65_HS1-834228961_62-HQ-83894_SUB_A
Agency: FBI
Page 66
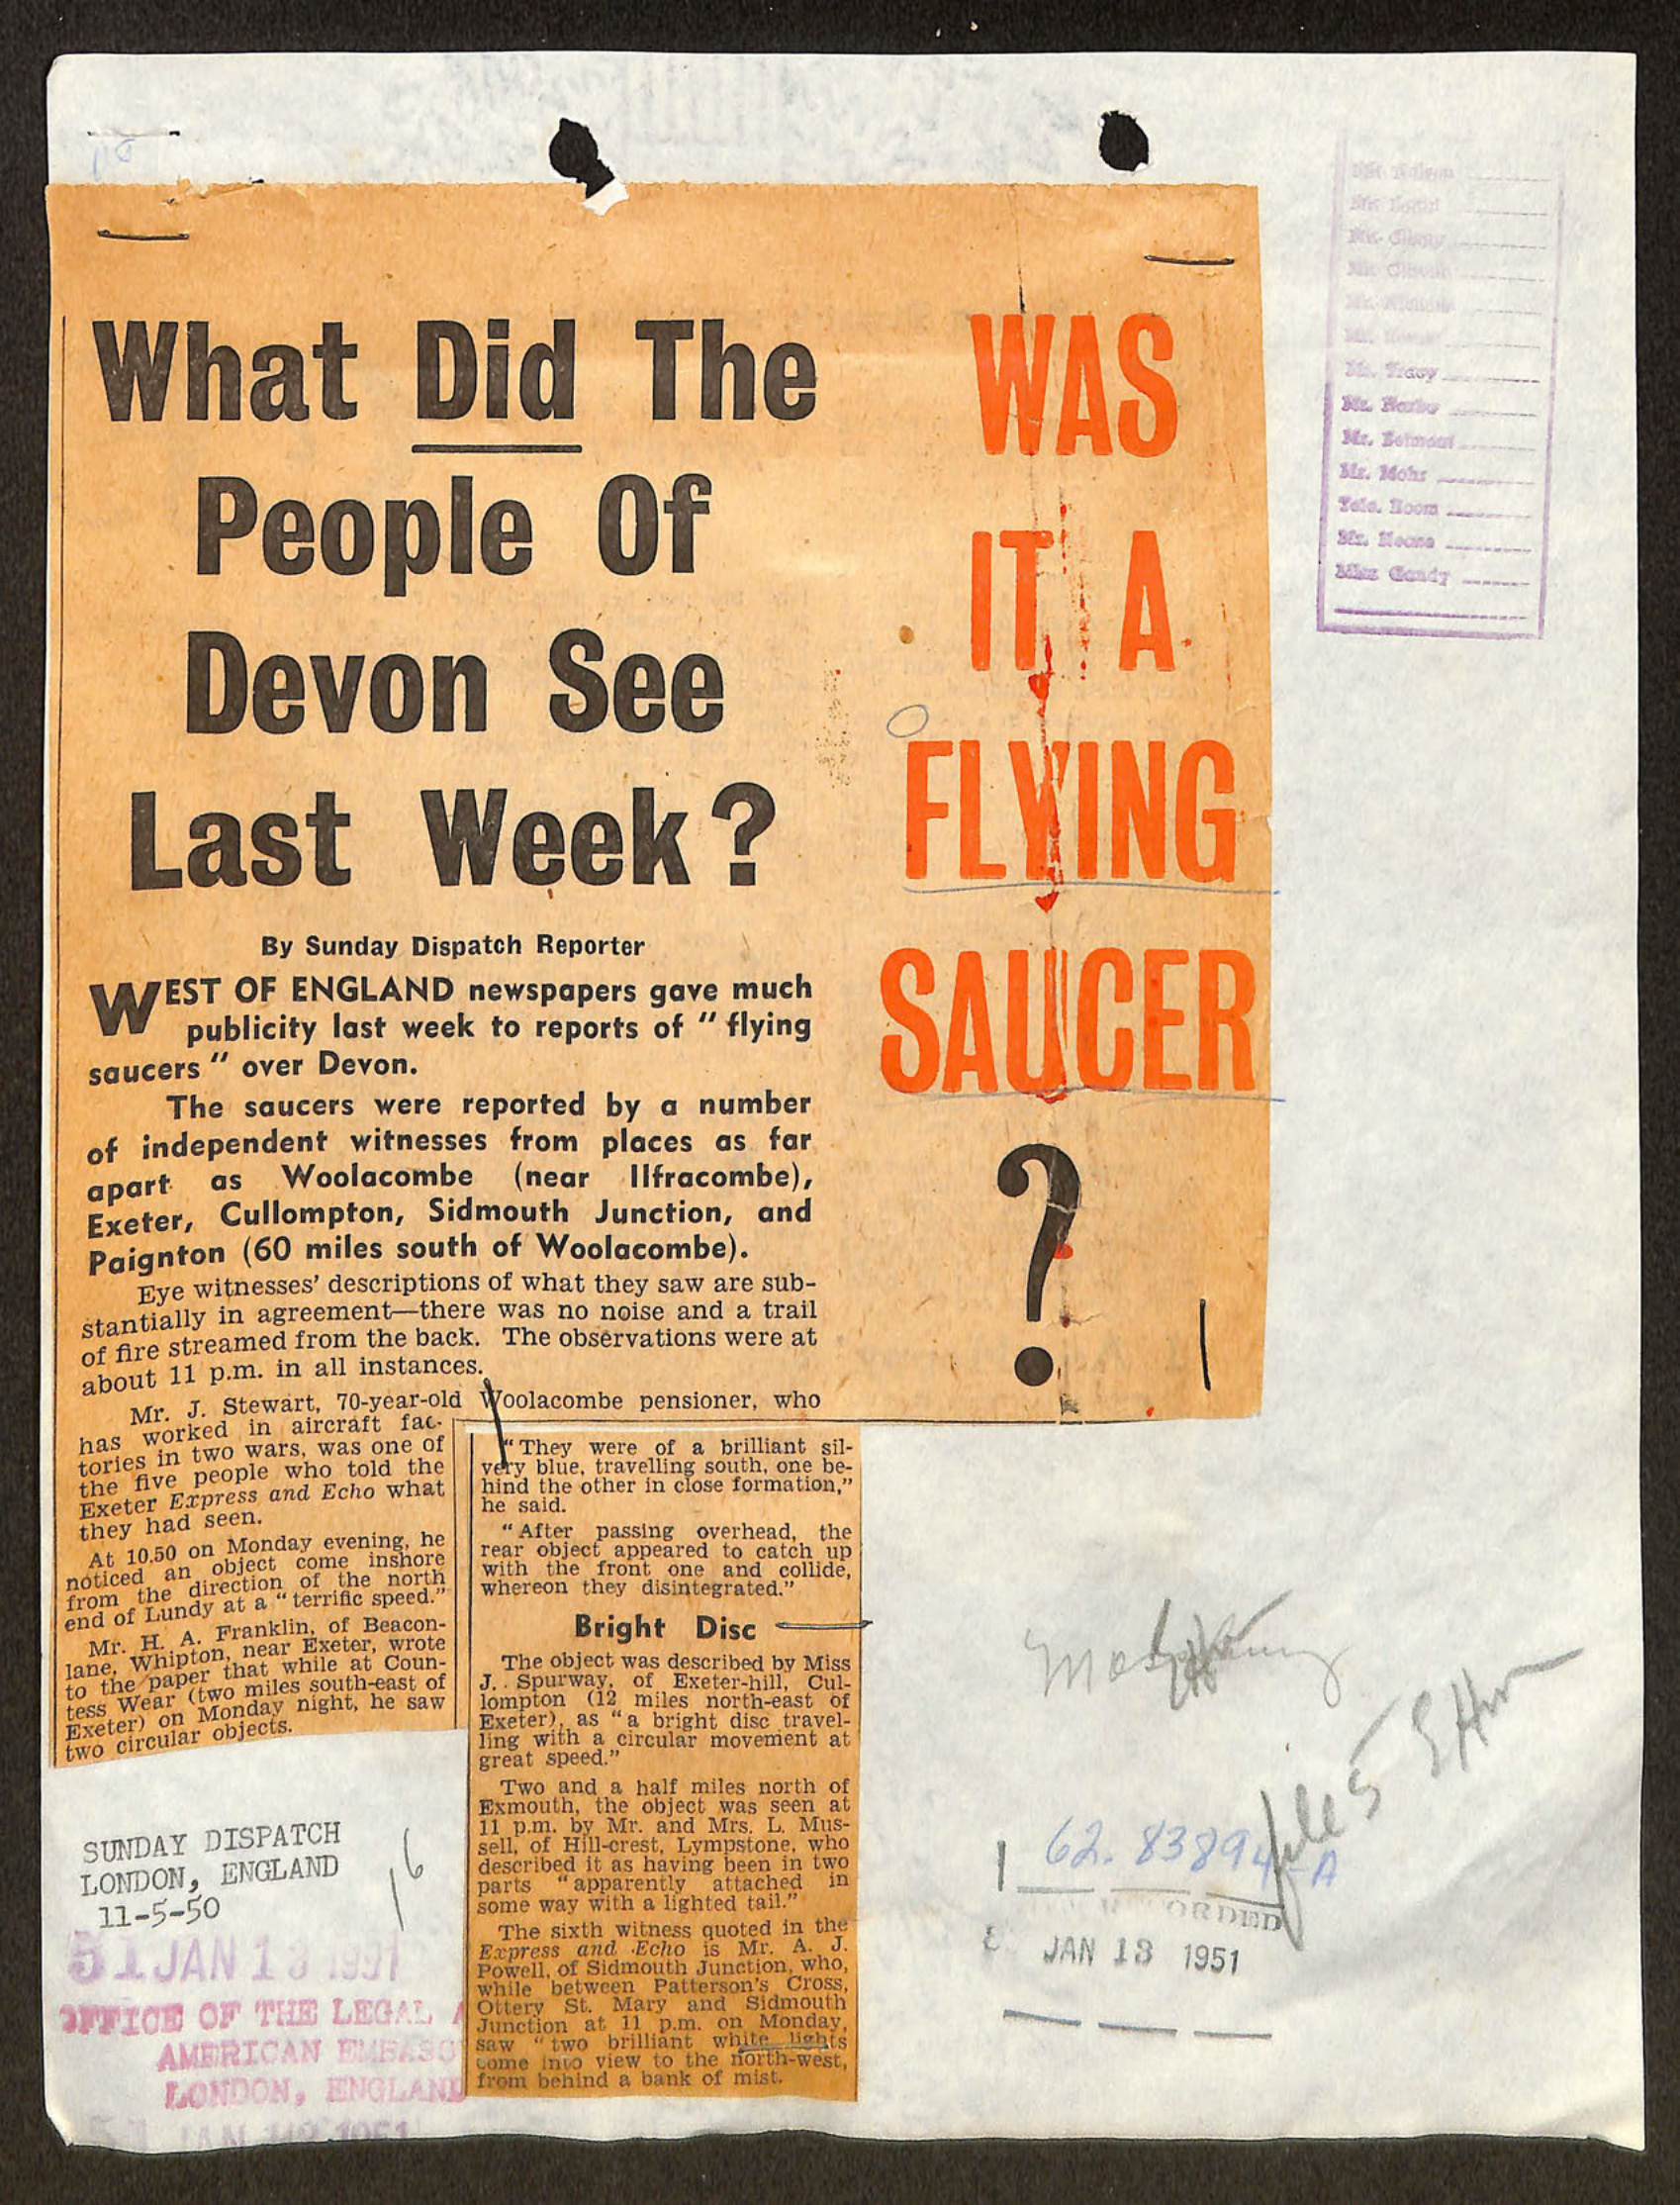